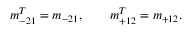
m _ { - 2 1 } ^ { T } = m _ { - 2 1 } , \qquad m _ { + 1 2 } ^ { T } = m _ { + 1 2 } .